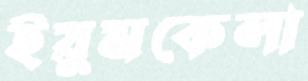
ইয়ুমকেলা